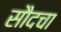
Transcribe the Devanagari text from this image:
सौदचा